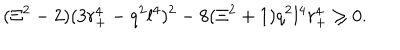
LaTeX: ( \Xi ^ { 2 } - 2 ) ( 3 r _ { + } ^ { 4 } - q ^ { 2 } l ^ { 4 } ) ^ { 2 } - 8 ( \Xi ^ { 2 } + 1 ) q ^ { 2 } l ^ { 4 } r _ { + } ^ { 4 } \geq 0 .